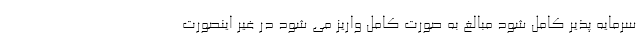
سرمایه پذیر کامل شود مبالغ به صورت کامل واریز می شود در غیر اینصورت